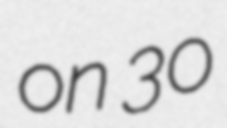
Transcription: on 30